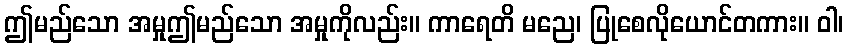
ဤမည်သော အမှုဤမည်သော အမှုကိုလည်း။ ကာရေတိ မညေ၊ ပြုစေလိုယောင်တကား။ ဝါ၊